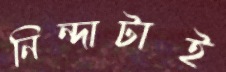
নিন্দাটাই